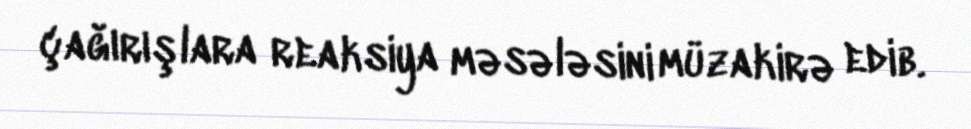
çağırışlara reaksiya məsələsini müzakirə edib.